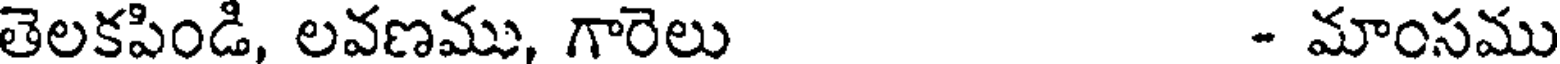
తెలకపిండి, లవణము, గారెలు - మాంసము